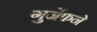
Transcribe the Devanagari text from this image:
गुर्जेफने